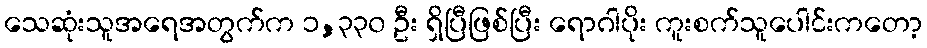
သေဆုံးသူအရေအတွက်က ၁,၃၃၀ ဦး ရှိပြီဖြစ်ပြီး ရောဂါပိုး ကူးစက်သူပေါင်းကတော့